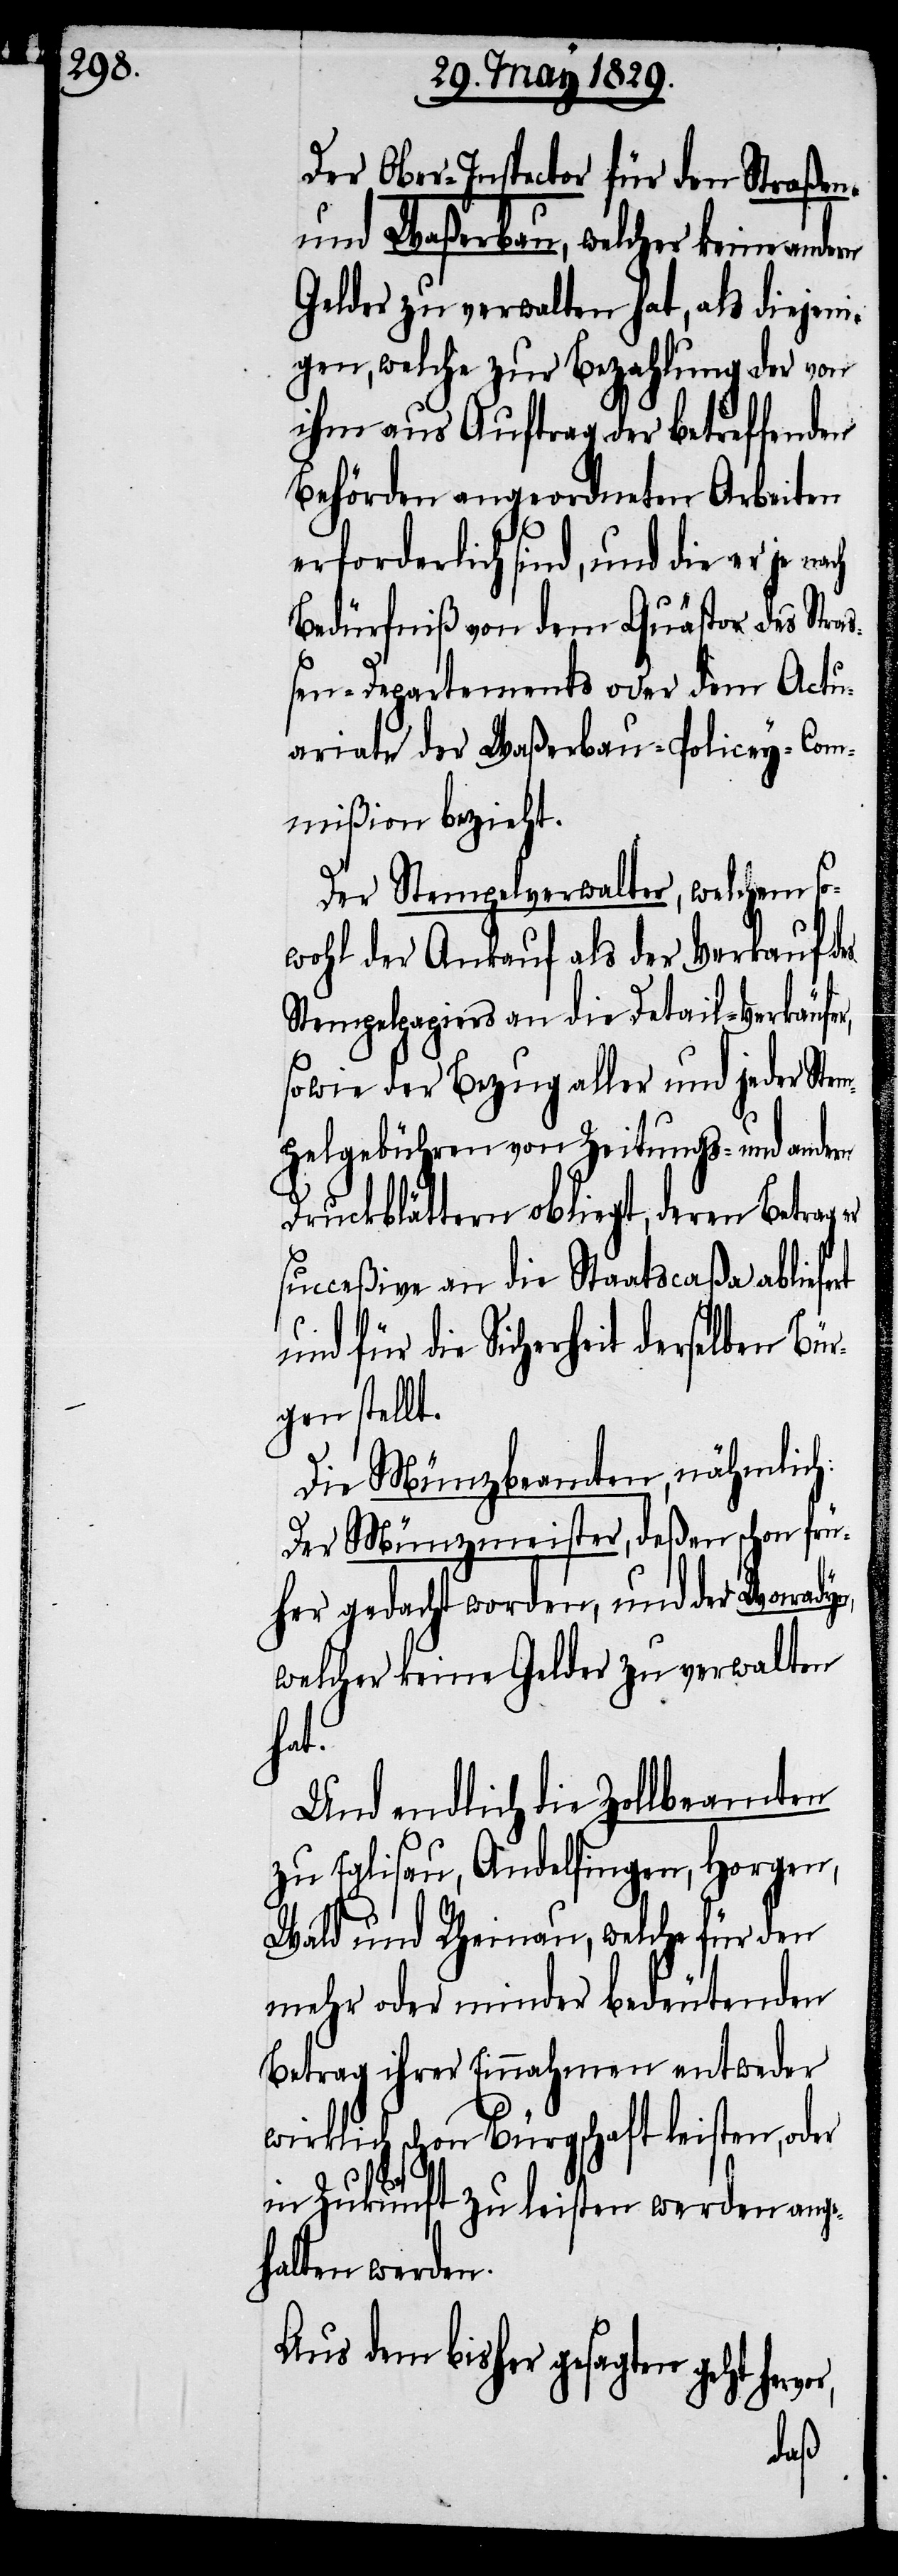
Der Ober-Inspector für den Straßen-
und Waßerbau, welcher keine an¬
Geldern zu verwalten hat, als diejeni¬
gen, welche zur Bezahlung der von
ihm aus Auftrag der betreffenden
Behörden angeordneten Arbeiten
erforderlich sind, und die er je
Bedürfniß von dem Quästor des Stra¬
ßen-Departements oder dem Actu¬
ariate der Waßerbau-Policey-Com¬
mißion bezieht.
Der Stempelverwalter, welchem so¬
wohl der Ankauf als der Verkauf des
Stempelpapiers an die Detail-Verkäufer,
sowie der Bezug aller und jeder Stem¬
pelgebühren von Zeitungs- und andern
Druckblättern obliegt, deren Betrag
succeßive an die Staatscaßa abliefert
und für die Sicherheit derselben Bür¬
gen stellt.
Die Münzbeamten, nähmlich:
Der Münzmeister, deßen schon frü¬
her gedacht worden, und der Wonradyn,
welcher keine Gelder zu verwalten
hat.
Und endlich die Zollbeamten
zu Eglisau, Andelfingen, Horgen,
Wald und Rheinau, welche für den
mehr oder minder bedeutenden
Betrag ihrer Einnahmen entweder
wirklich schon Bürgschaft leisten, oder
in Zukunft zu leisten werden ange¬
halten werden.
Aus dem bisher gesagten geht her¬
vor,